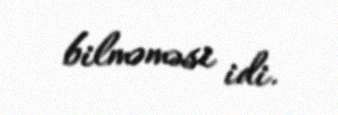
bilməməsi idi.